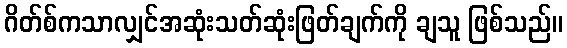
ဂိတ်စ်ကသာလျှင်အဆုံးသတ်ဆုံးဖြတ်ချက်ကို ချသူ ဖြစ်သည်။